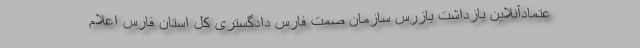
عتمادآنلاین بازداشت بازرس سازمان صمت فارس دادگستری کل استان فارس اعلام